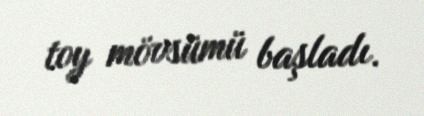
toy mövsümü başladı.